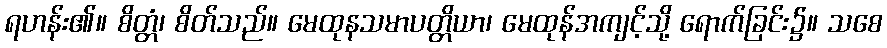
ရဟန်း၏။ စိတ္တံ၊ စိတ်သည်။ မေထုနသမာပတ္တိယာ၊ မေထုန်အကျင့်သို့ ရောက်ခြင်း၌။ သစေ